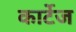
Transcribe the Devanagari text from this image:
कार्टेज